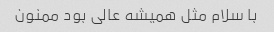
با سلام مثل همیشه عالی بود ممنون